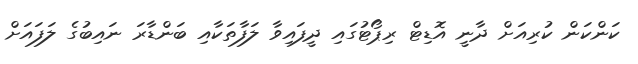
ކަންކަން ކުރިއަށް ދާނީ އޮޑިޓް ރިޕޯޓުގައި ދީފައިވާ ލަފާތަކާއި ބަންޑާރަ ނައިބުގެ ލަފައަށް